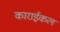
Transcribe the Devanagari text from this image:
काराईकल